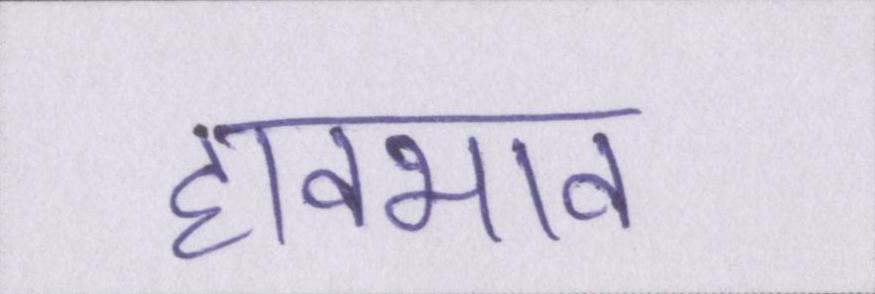
हावभाव